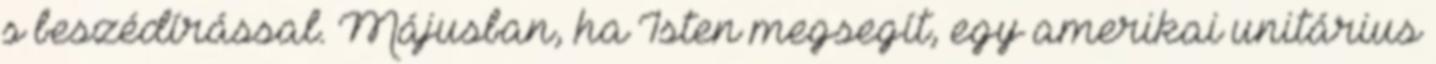
s beszédírással. Májusban, ha Isten megsegít, egy amerikai unitárius